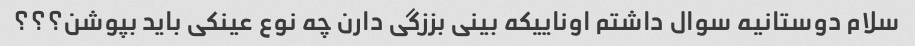
سلام دوستانیه سوال داشتم اوناییکه بینی بززگی دارن چه نوع عینکی باید بپوشن؟؟؟